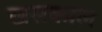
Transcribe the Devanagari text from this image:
खसकाल